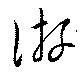
游